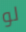
لو